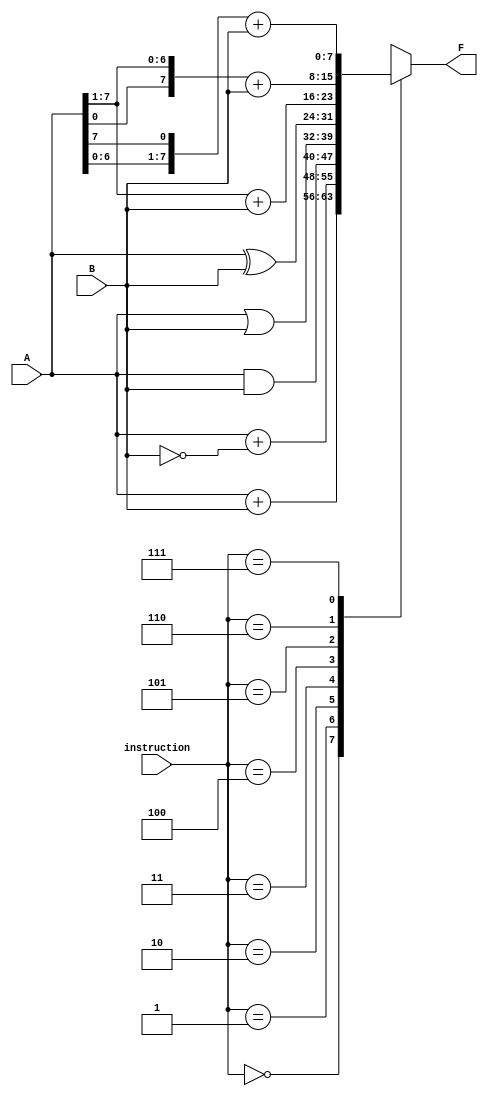
`timescale 1ns/1ps

module Functional_Unit(instruction, A, B, F);
    input wire [2:0] instruction;
    input wire [7:0] A;
    input wire [7:0] B;
    output [7:0] F;
    reg [7:0]F;
    always @(instruction or A or B) begin
        case (instruction)
        3'b000: F = A + B;
        3'b001: F = A +~B;
        3'b010: F = A & B;
        3'b011: F = A | B;
        3'b100: F = A ^ B;
        3'b101: F = (A >> 1) + B;
        3'b110: F = ({A[0], A[7:1]}) + B;
        3'b111: F = ({A[6:0], A[7]}) + B;
        endcase
    end
endmodule